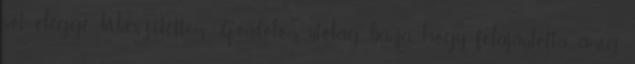
sõt eléggé kikészítettem. Gondolom utólag bánja, hogy felajánlotta, amíg